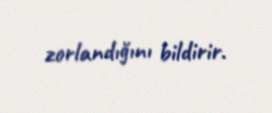
zorlandığını bildirir.